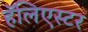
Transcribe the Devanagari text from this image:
हॅलिएस्टर